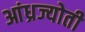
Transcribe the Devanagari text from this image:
आंध्रज्योती